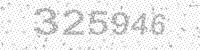
Solution: 325946